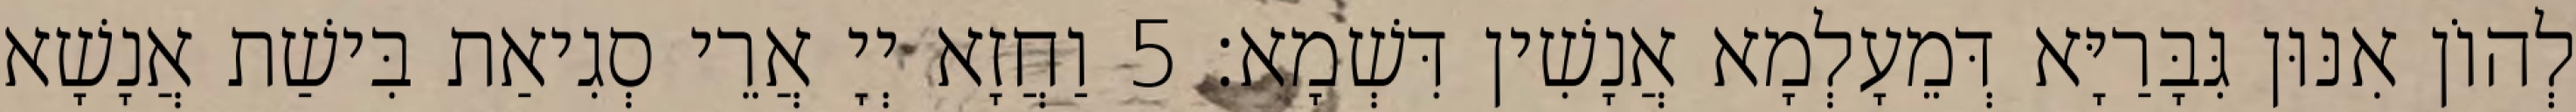
לְהוֹן אִנּוּן גִּבָּרַיָּא דְּמֵעָלְמָא אֲנָשִׁין דִּשְׁמָא׃ 5 וַחֲזָא יְיָ אֲרֵי סְגִיאַת בִּישַׁת אֲנָשָׁא